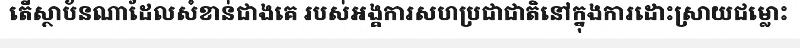
តើស្ថាប័នណាដែលសំខាន់ជាងគេ របស់អង្គការសហប្រជាជាតិនៅក្នុងការដោះស្រាយជម្លោះ